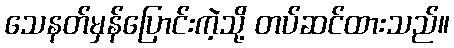
သေနတ်မှန်ပြောင်းကဲ့သို့ တပ်ဆင်ထားသည်။